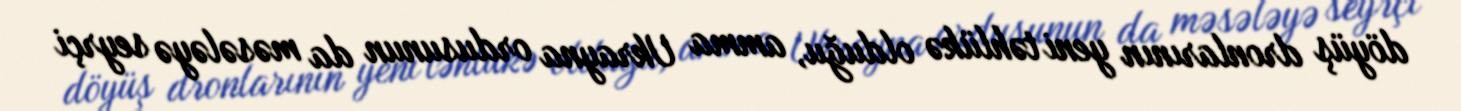
döyüş dronlarının yeni təhlükə olduğu, amma Ukrayna ordusunun da məsələyə seyrçi